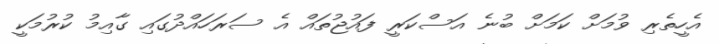
އެހީތެރި ވުމަށް ކަމަށް ބުނެ އަސްކަރީ ފައުޖުތައް އެ ސަރަހައްދުގައި ގާއިމު ކުރުމަކީ